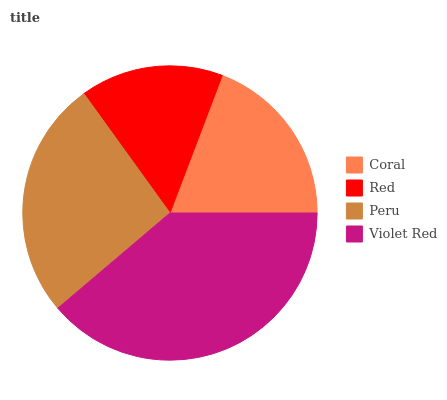
| Coral | Red | Peru | Violet Red |
 | --- | --- | --- | --- |
 | 19.2% | 15.7% | 26.2% | 38.8% |